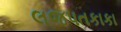
લજપતકાકા